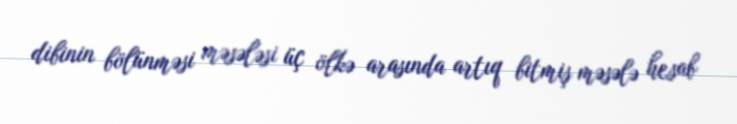
dibinin bölünməsi məsələsi üç ölkə arasında artıq bitmiş məsələ hesab